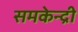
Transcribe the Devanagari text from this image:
समकेन्द्री